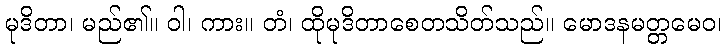
မုဒိတာ၊ မည်၏။ ဝါ၊ ကား။ တံ၊ ထိုမုဒိတာစေတသိတ်သည်။ မောဒနမတ္တမေဝ၊